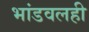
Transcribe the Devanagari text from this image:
भांडवलही